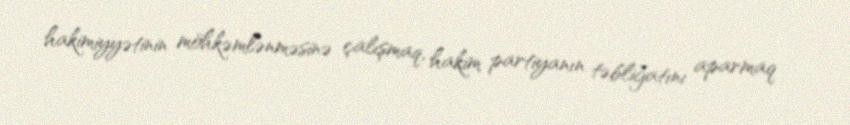
hakimiyyətinin möhkəmlənməsinə çalışmaq, hakim partiyanın təbliğatını aparmaq